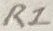
Text: R1